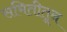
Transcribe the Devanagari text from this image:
समितीतून